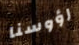
رؤوسنا